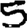
Digit: 5